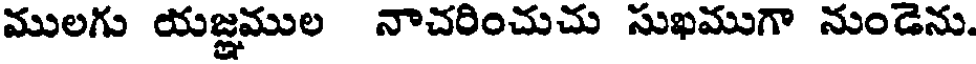
ములగు యజ్ఞముల నాచరించుచు సుఖముగా నుండెను.